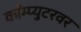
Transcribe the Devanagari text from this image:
काँम्प्युटरवर